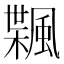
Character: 𱃇